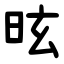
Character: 昡